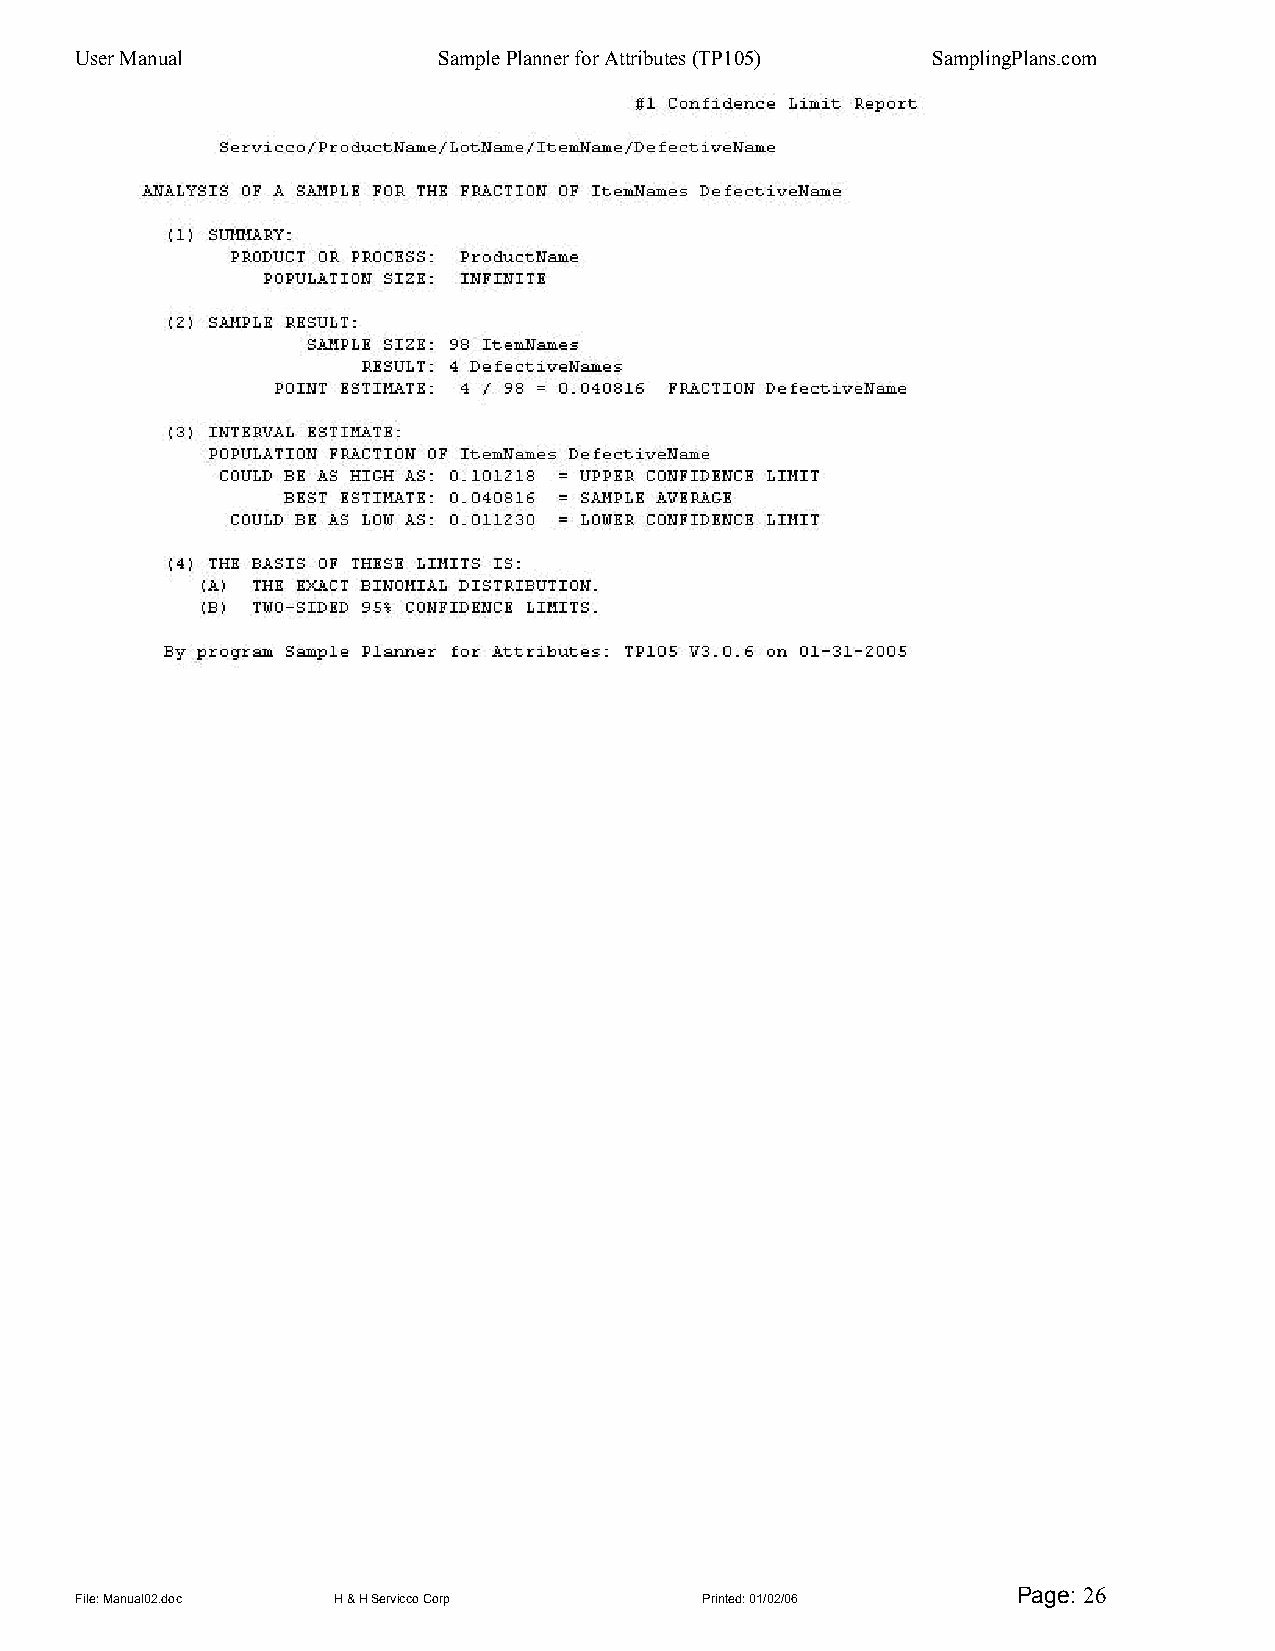
User Manual             Sample Planner for Attributes (TP105) SamplingPlans.com
 Page: 26
 File: Manual02.doc H & H Servicco Corp   Printed: 01/02/06